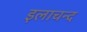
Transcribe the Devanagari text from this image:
इलाचन्द